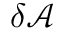
\delta \mathcal { A }